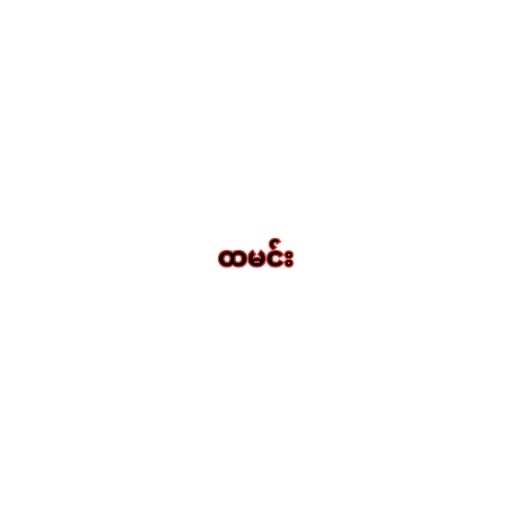
ထမင်း